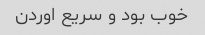
خوب بود و سریع اوردن